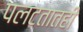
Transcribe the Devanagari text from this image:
पलटतातही